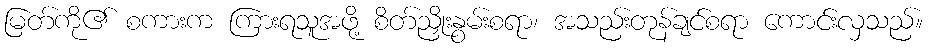
မြတ်ကို၏ စကားက ကြားရသူအဖို့ စိတ်ညှိုးနွမ်းစရာ၊ အသည်းတုန်ချင်စရာ ကောင်းလှသည်။